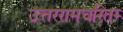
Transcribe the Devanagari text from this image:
उत्तररामचरितम्‍